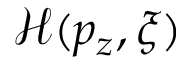
\mathcal { H } ( p _ { z } , \xi )